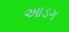
આડગ